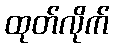
ထုတ်လိုက်